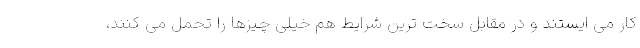
کار می ایستند و در مقابل سخت ترین شرایط هم خیلی چیزها را تحمل می کنند،